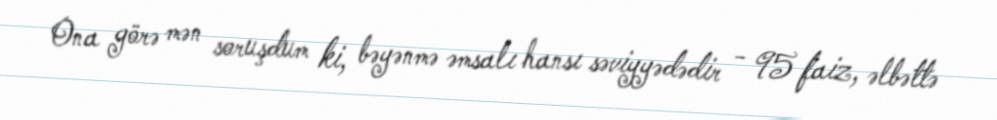
Ona görə mən soruşdum ki, bəyənmə əmsalı hansı səviyyədədir - 95 faiz, əlbəttə